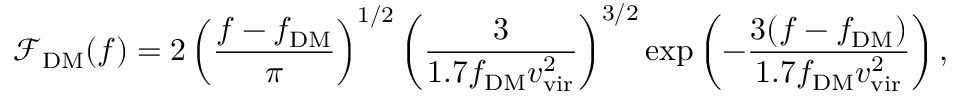
\mathcal { F } _ { \mathrm { D M } } ( f ) = 2 \left( \frac { f - f _ { \mathrm { D M } } } { \pi } \right) ^ { 1 / 2 } \left( \frac { 3 } { 1 . 7 f _ { \mathrm { D M } } v _ { \mathrm { v i r } } ^ { 2 } } \right) ^ { 3 / 2 } \exp \left( - \frac { 3 ( f - f _ { \mathrm { D M } } ) } { 1 . 7 f _ { \mathrm { D M } } v _ { \mathrm { v i r } } ^ { 2 } } \right) ,